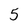
Character: 5